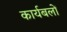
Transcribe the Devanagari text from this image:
कार्यबलों